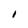
Character: 1